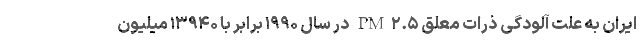
ایران به علت آلودگی ذرات معلق PM۲.۵ در سال ۱۹۹۰ برابر با ۱۳۹۴۰ میلیون